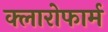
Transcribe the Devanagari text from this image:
क्लारोफार्म